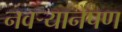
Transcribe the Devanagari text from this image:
नवर्‍यानेपण